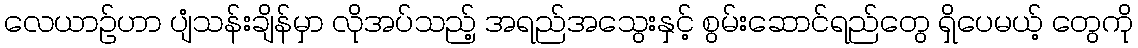
လေယာဉ်ဟာ ပျံသန်းချိန်မှာ လိုအပ်သည့် အရည်အသွေးနှင့် စွမ်းဆောင်ရည်တွေ ရှိပေမယ့် တွေကို